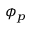
\phi _ { p }